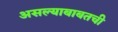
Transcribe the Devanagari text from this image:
असल्याबाबतची